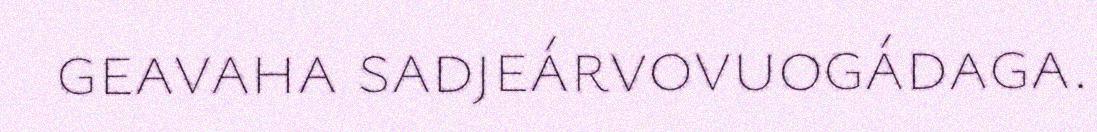
geavaha sadjeárvovuogádaga.